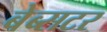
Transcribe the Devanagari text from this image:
बेब्सटर